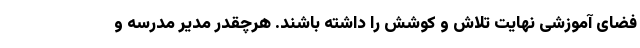
فضای آموزشی نهایت تلاش و کوشش را داشته باشند. هرچقدر مدیر مدرسه و